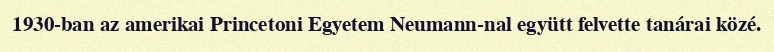
1930-ban az amerikai Princetoni Egyetem Neumann-nal együtt felvette tanárai közé.